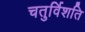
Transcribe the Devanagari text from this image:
चतुर्विशति